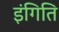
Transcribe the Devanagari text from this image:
इंगिति